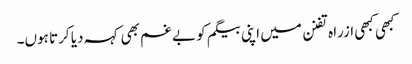
کبھی کبھی ازراہ تفنن میں اپنی بیگم کو بے غم بھی کہہ دیا کرتا ہوں۔